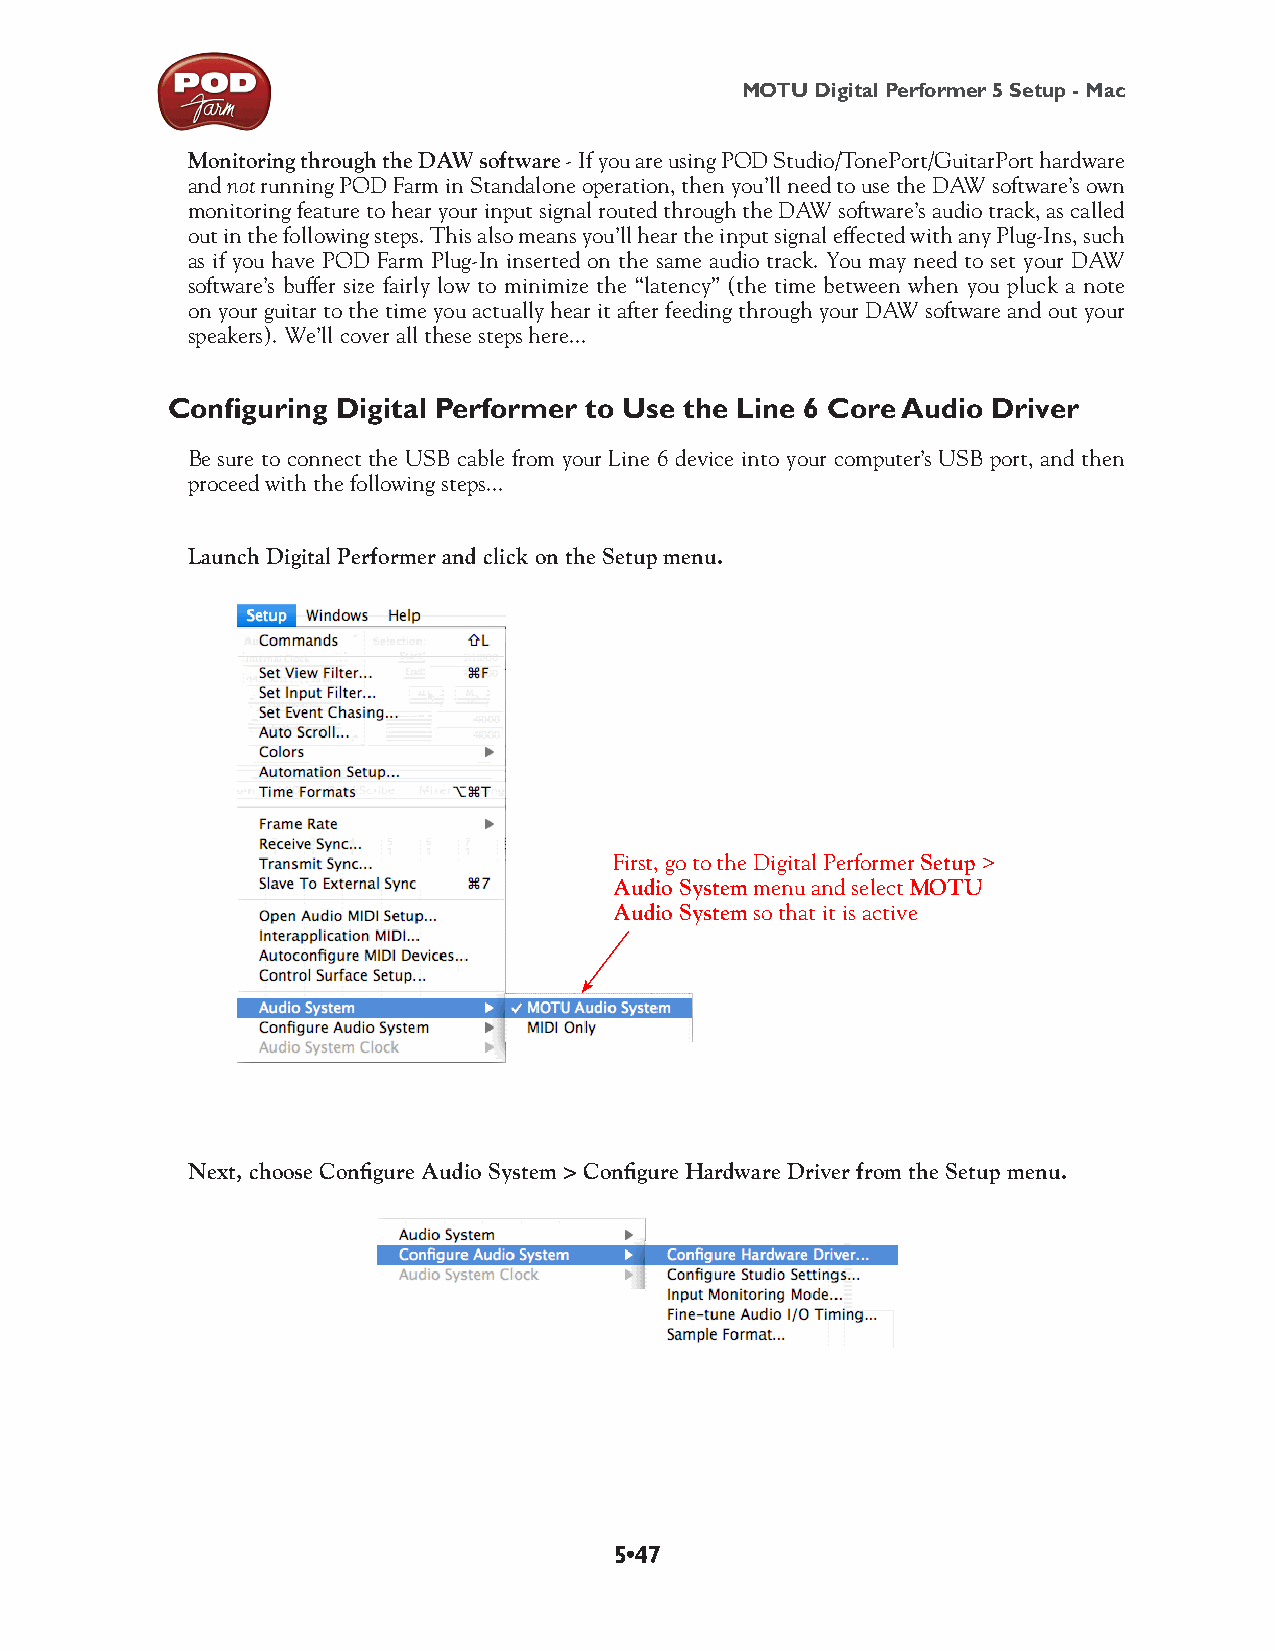
MOTU Digital Performer 5 Setup - Mac
 Monitoring through the DAW software - If you are using POD Studio/TonePort/GuitarPort hardware
 and not running POD Farm in Standalone operation, then you’ll need to use the DAW software’s own
 monitoring feature to hear your input signal routed through the DAW software’s audio track, as called
 out in the following steps. This also means you’ll hear the input signal effected with any Plug-Ins, such
 as if you have POD Farm Plug-In inserted on the same audio track. You may need to set your DAW
 software’s buffer size fairly low to minimize the “latency” (the time between when you pluck a note
 on your guitar to the time you actually hear it after feeding through your DAW software and out your
 speakers). We’ll cover all these steps here...
 Configuring Digital Performer to Use the Line 6 Core Audio Driver
 Be sure to connect the USB cable from your Line 6 device into your computer’s USB port, and then
 proceed with the following steps...
 Launch Digital Performer and click on the Setup menu.
 First, go to the Digital Performer Setup >
 Audio System menu and select MOTU
 Audio System so that it is active
 Next, choose Configure Audio System > Configure Hardware Driver from the Setup menu.
 5•47